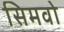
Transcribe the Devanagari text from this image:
सिमवो